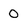
Character: 0